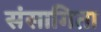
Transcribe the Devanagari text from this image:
संसागिता